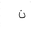
Letter: _non